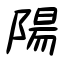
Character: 陽